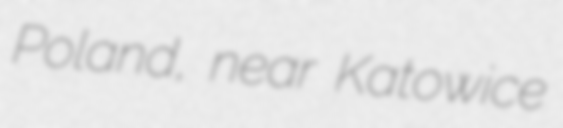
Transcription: Poland, near Katowice